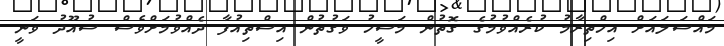
މައްސަލައަށް އިހްތިރާމު ކުރެއްވުމުގެ ގޮތުން މަސީހު ވަގުތުން އިސްތިއުފާ ދެއްވުމަށްވެސް ސުއޫދު ވަނީ